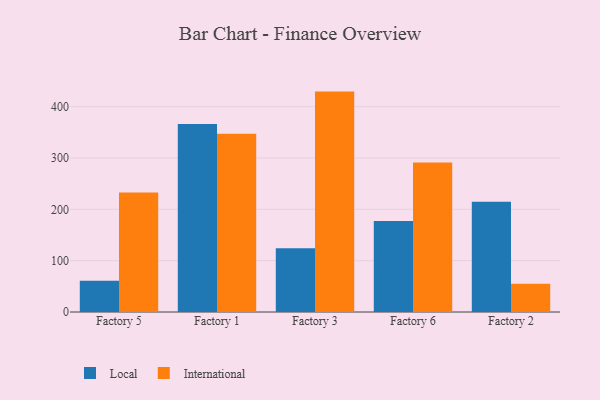
{"axis": {"x": "Factory", "y": "Inventory Turnover"}, "legend": ["International", "Local"], "data": [{"x": "Factory 5", "y": 61.1, "type": "Local"}, {"x": "Factory 5", "y": 232.7, "type": "International"}, {"x": "Factory 1", "y": 366.3, "type": "Local"}, {"x": "Factory 1", "y": 347.3, "type": "International"}, {"x": "Factory 3", "y": 124.0, "type": "Local"}, {"x": "Factory 3", "y": 429.3, "type": "International"}, {"x": "Factory 6", "y": 177.2, "type": "Local"}, {"x": "Factory 6", "y": 291.0, "type": "International"}, {"x": "Factory 2", "y": 214.6, "type": "Local"}, {"x": "Factory 2", "y": 55.2, "type": "International"}]}